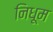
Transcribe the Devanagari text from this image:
निधूम